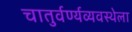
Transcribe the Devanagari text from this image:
चातुर्वर्ण्यव्यवस्थेला